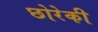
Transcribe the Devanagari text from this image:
छोरेकी